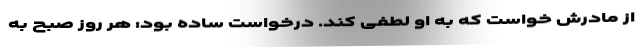
از مادرش خواست که به او لطفی کند. درخواست ساده بود: هر روز صبح به